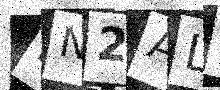
Text: PN2AL4